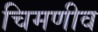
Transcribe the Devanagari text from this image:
चिमणीव